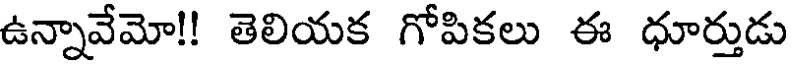
ఉన్నావేమో!! తెలియక గోపికలు ఈ ధూర్తుడు